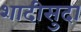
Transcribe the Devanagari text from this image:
शादीसुदा